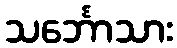
သင်္ဘောသား